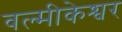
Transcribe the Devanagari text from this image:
वल्मीकेश्वर